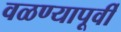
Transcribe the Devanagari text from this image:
वळण्यापूर्वी